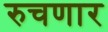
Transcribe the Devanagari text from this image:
रुचणार